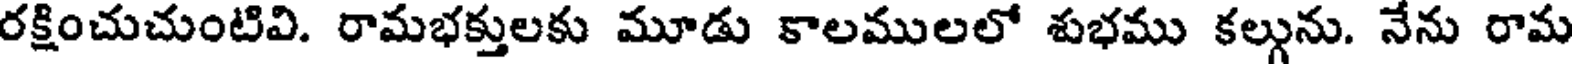
రక్షించుచుంటివి. రామభక్తులకు మూడు కాలములలో శుభము కల్గును. నేను రామ